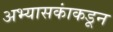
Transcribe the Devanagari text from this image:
अभ्यासकांकडून